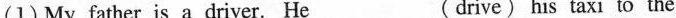
(1) My father is a driver. He___(drive)his taxi to the